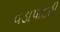
વડાપાદરી